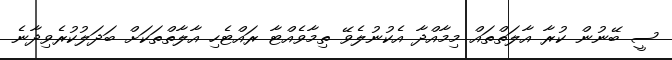
ސީ ބޭނުން ކުރާ އާލަތްތައް މިމާއްދާ އެކުނުލެވޭ ތިމާވެއްޓާ ރައްޓެހި އާލާތްތަކަށް ބަދަލުކުރެވިދާނެ